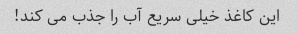
این کاغذ خیلی سریع آب را جذب می کند!